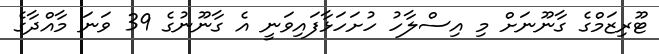
ޓޫރިޒަމްގެ ގާނޫނަށް މި އިސްލާހު ހުށަހަޅާފައިވަނީ އެ ގާނޫނުގެ 39 ވަނަ މާއްދާގެ